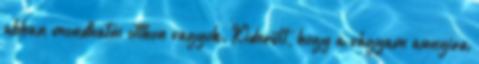
abban mondhatni otthon vagyok. Kiderült, hogy a vágyam annyira